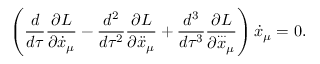
\left( \frac { d } { d \tau } \frac { \partial L } { \partial { \dot { x } } _ { \mu } } - \frac { d ^ { 2 } } { d \tau ^ { 2 } } \frac { \partial L } { \partial { \ddot { x } } _ { \mu } } + \frac { d ^ { 3 } } { d \tau ^ { 3 } } \frac { \partial L } { \partial { \stackrel { \ldots } { x } } _ { \mu } } \right) { \dot { x } } _ { \mu } = 0 .